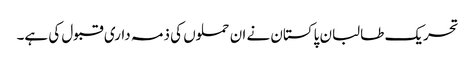
تحریک طالبان پاکستان نے ان حملوں کی ذمہ داری قبول کی ہے۔